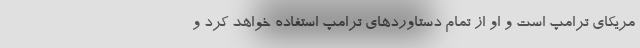
مریکای ترامپ است و او از تمام دستاوردهای ترامپ استفاده خواهد کرد و